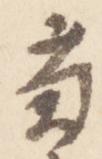
菊